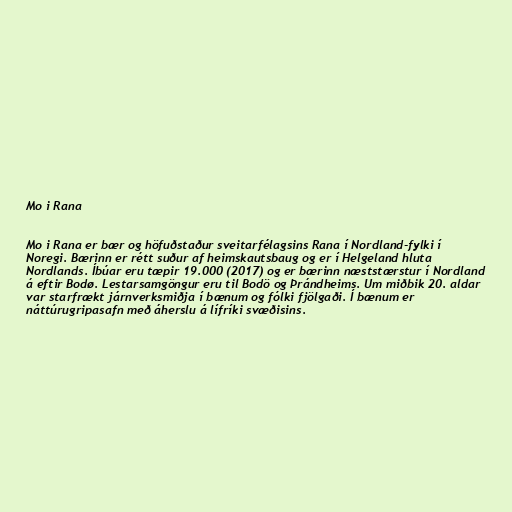
Mo i Rana

Mo i Rana er bær og höfuðstaður sveitarfélagsins Rana í Nordland-fylki í
Noregi. Bærinn er rétt suður af heimskautsbaug og er í Helgeland hluta
Nordlands. Íbúar eru tæpir 19.000 (2017) og er bærinn næststærstur í Nordland
á eftir Bodø. Lestarsamgöngur eru til Bodö og Þrándheims. Um miðbik 20. aldar
var starfrækt járnverksmiðja í bænum og fólki fjölgaði. Í bænum er
náttúrugripasafn með áherslu á lífríki svæðisins.